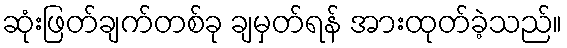
ဆုံးဖြတ်ချက်တစ်ခု ချမှတ်ရန် အားထုတ်ခဲ့သည်။